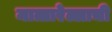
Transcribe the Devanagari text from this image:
मात्तारेल्लाची